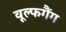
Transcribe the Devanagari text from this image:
वूल्फगैंग